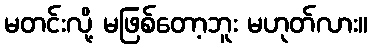
မတင်းလို့ မဖြစ်တော့ဘူး မဟုတ်လား။